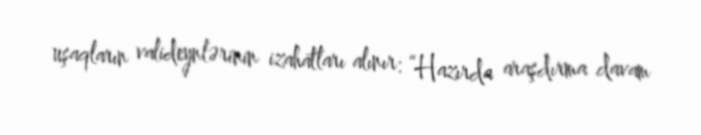
uşaqların valideynlərinin izahatları alınır: “Hazırda araşdırma davam